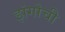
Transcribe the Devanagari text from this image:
झंगोची